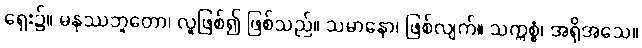
ရှေး၌။ မနုဿဘူတော၊ လူဖြစ်၍ ဖြစ်သည်။ သမာနော၊ ဖြစ်လျက်။ သက္ကစ္စံ၊ အရိုအသေ။